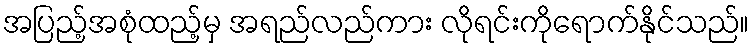
အပြည့်အစုံထည့်မှ အရည်လည်ကား လိုရင်းကိုရောက်နိုင်သည်။